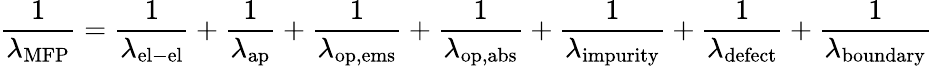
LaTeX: {\frac{1}{\lambda_{\mathrm{MFP}}}}={\frac{1}{\lambda_{\mathrm{el-el}}}}+{\frac{1}{\lambda_{\mathrm{ap}}}}+{\frac{1}{\lambda_{\mathrm{op,ems}}}}+{\frac{1}{\lambda_{\mathrm{op,abs}}}}+{\frac{1}{\lambda_{\mathrm{impurity}}}}+{\frac{1}{\lambda_{\mathrm{defect}}}}+{\frac{1}{\lambda_{\mathrm{boundary}}}}